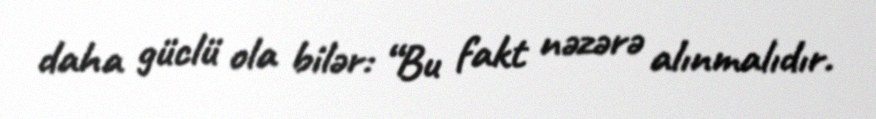
daha güclü ola bilər: “Bu fakt nəzərə alınmalıdır.